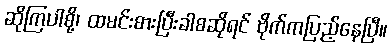
ဆိုကြပါစို့၊ ထမင်းစားပြီးခါစဆိုရင် ဗိုက်ကပြည့်နေပြီ။